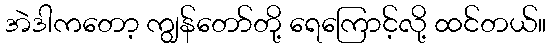
အဲဒါကတော့ ကျွန်တော်တို့ ရေကြောင့်လို့ ထင်တယ်။